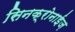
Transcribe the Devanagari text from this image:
सिनक्रोनाईज़